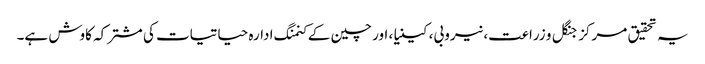
یہ تحقیق مرکز جنگل و زراعت، نیروبی، کینیا، اور چین کے کنمنگ ادارہ حیاتیات کی مشترکہ کاوش ہے۔